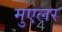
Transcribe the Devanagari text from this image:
मुएलर